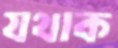
যথাক